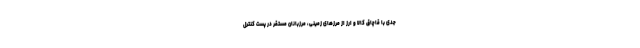
جدی با قاچاق کالا و ارز از مرزهای زمینی، مرزبانان مستقر در پست کنترل